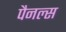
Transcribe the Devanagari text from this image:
पैनल्स